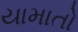
યામાતો